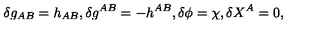
\delta g _ { A B } = h _ { A B } , \delta g ^ { A B } = - h ^ { A B } , \delta \phi = \chi , \delta X ^ { A } = 0 ,